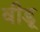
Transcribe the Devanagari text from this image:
वीडू